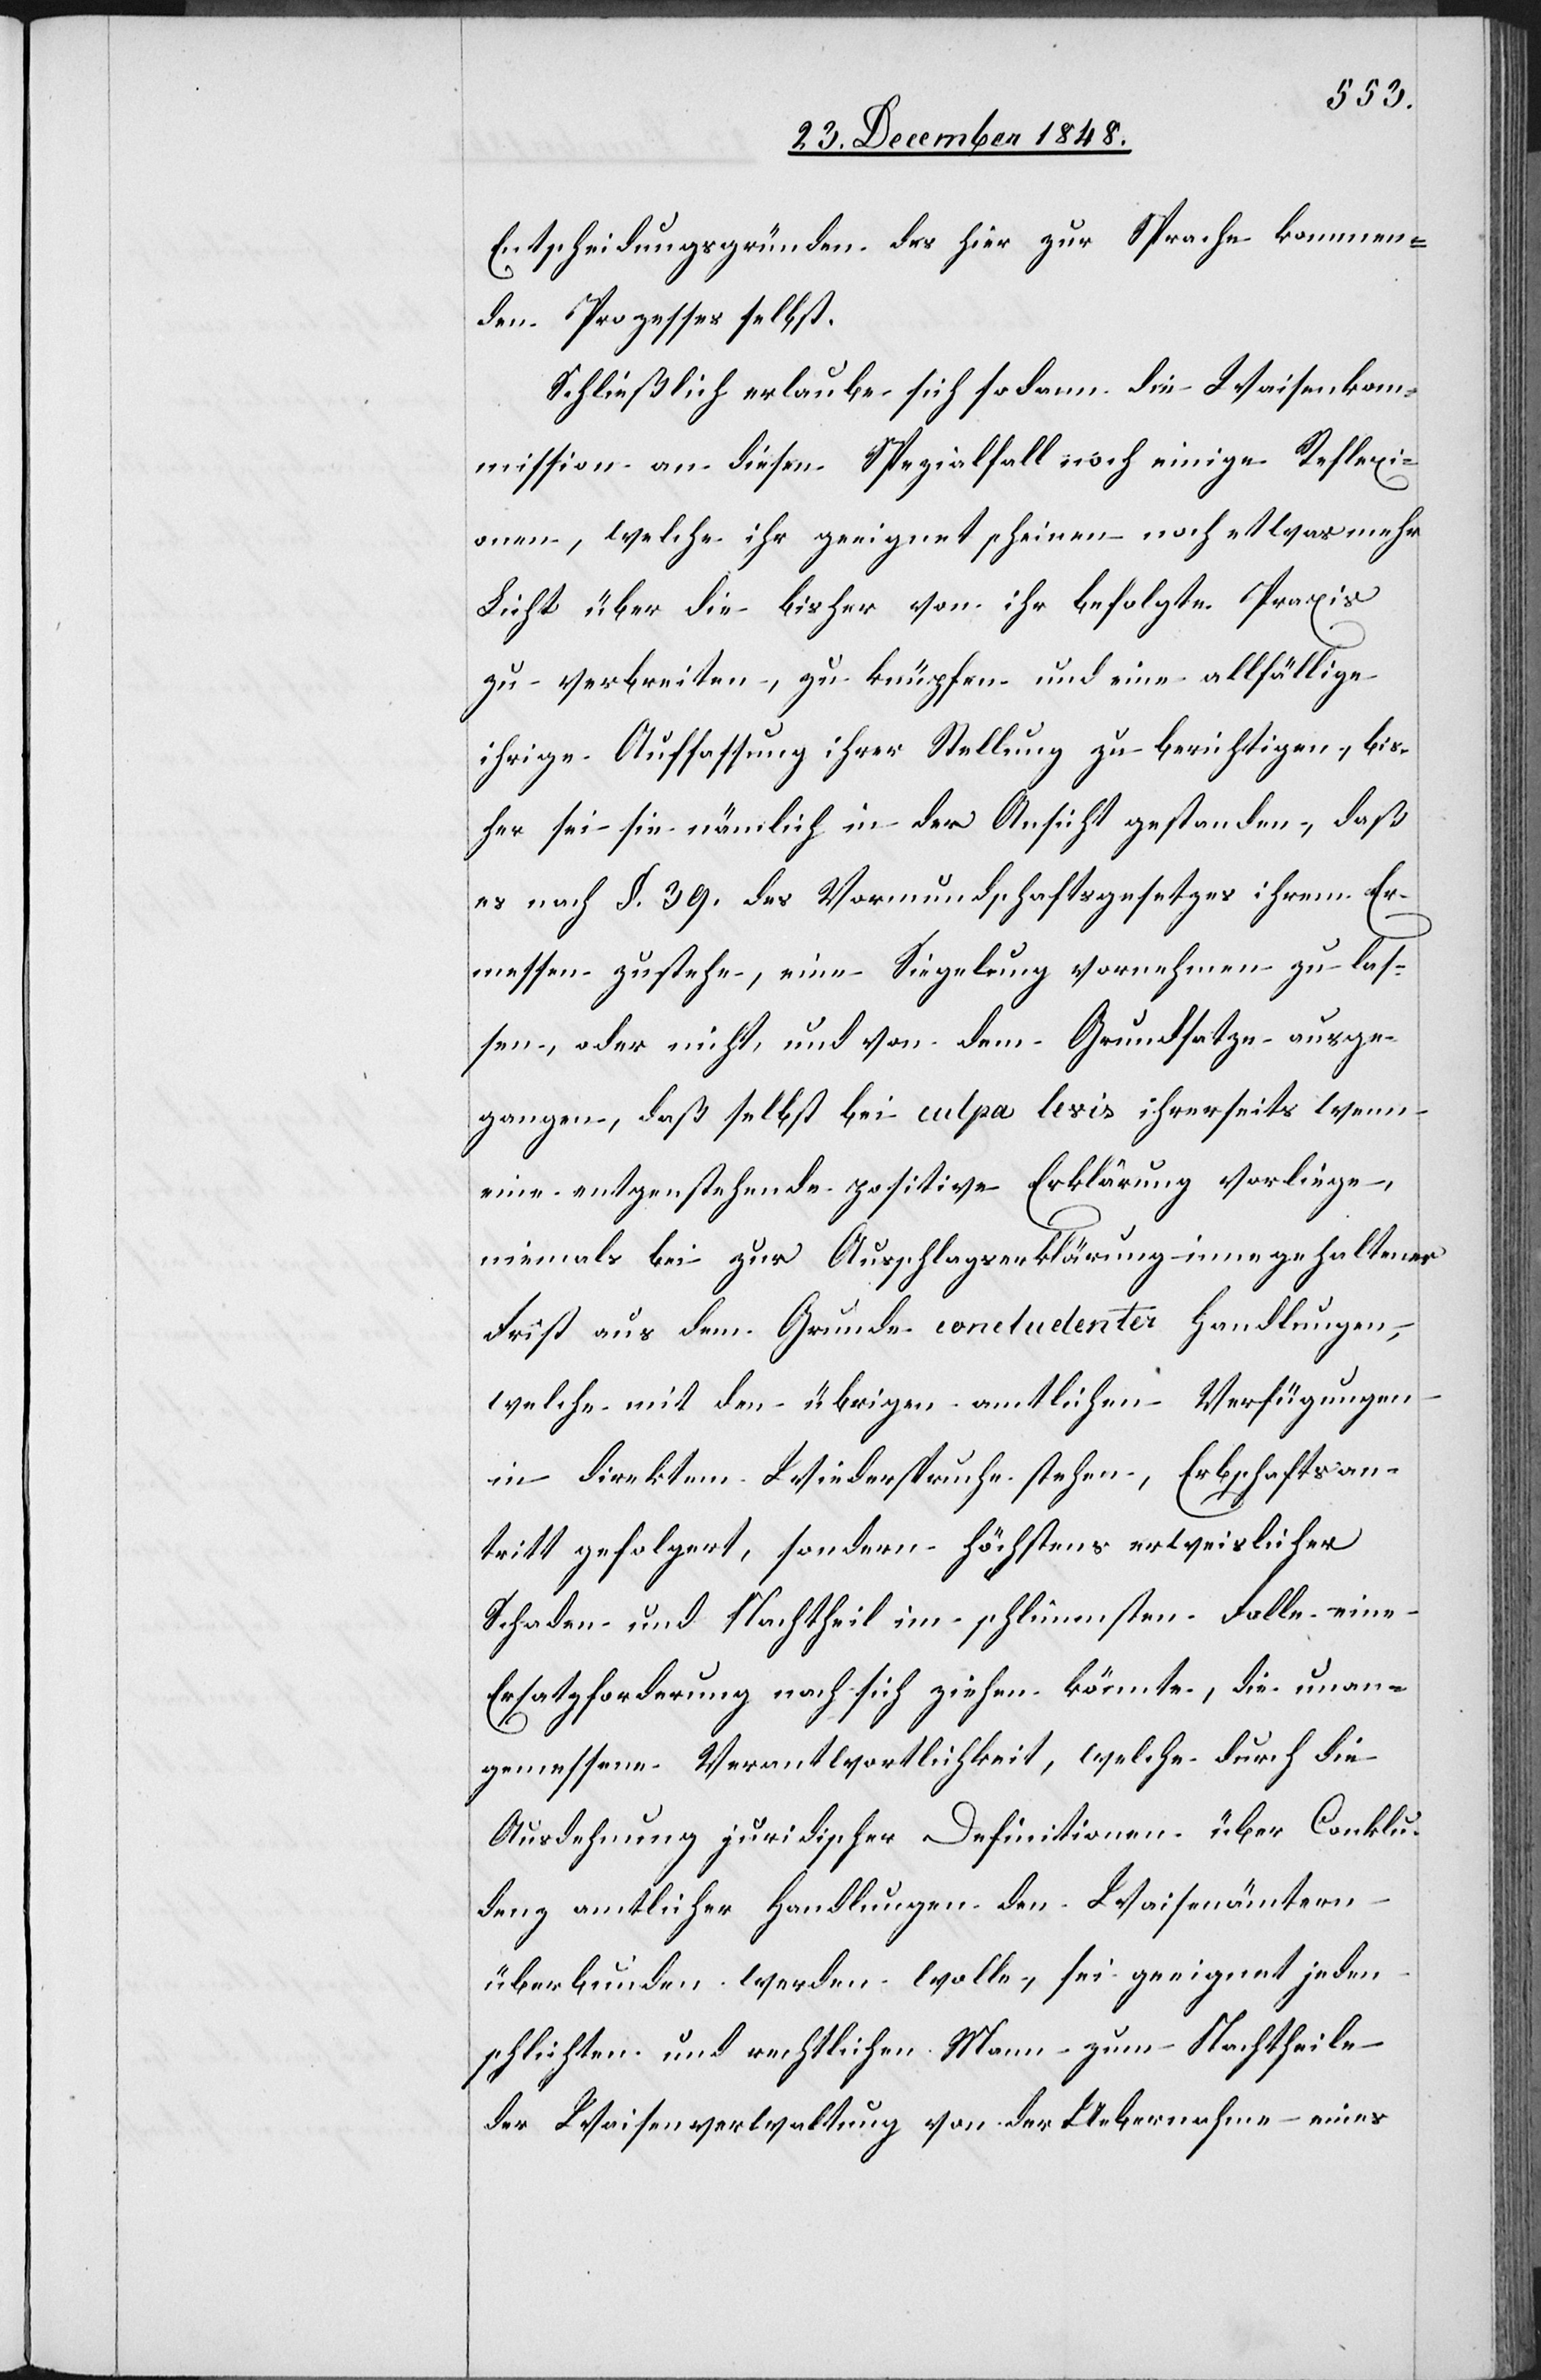
Entscheidungsgründen des hier zur Sprache kommen¬
den Prozesses selbst.
Schließlich erlaube sich sodann die Waisenkom¬
mission an diesen Spezialfall noch einige Reflexi¬
onen, welche ihr geeignet scheinen noch etwas mehr
Licht über die bisher von ihr befolgte Praxis
zu verbreiten, zu knüpfen und eine allfällige
ihrige Auffassung ihrer Stellung zu berichtigen, bis¬
her sei sie nämlich in der Ansicht gestanden, daß
es nach §. 39. des Vormundschaftsgesetzes ihrem Er¬
messen zustehe, eine Siegelung vornehmen zu las¬
sen, oder nicht, und von dem Grundsatze ausge¬
gangen, daß selbst bei culpa levis ihrerseits wenn
eine entgenstehende [sic!] positive Erklärung vorliege,
niemals bei zur Ausschlagserklärung innegehaltener
Frist aus dem Grunde concludenter Handlungen,
welche mit den übrigen amtlichen Verfügungen
in direktem Wiederspruche stehen, Erbschaftsan¬
tritt gefolgert, sondern höchstens erweislicher
Schaden und Nachtheil im schlimmsten Falle eine
Ersatzforderung nach sich ziehen könnte, die unan¬
gemessene Verantwortlichkeit, welche durch die
Ausdehnung juridischer Definitionen über Conklu¬
denz amtlicher Handlungen den Waisenämtern
überbunden werden wolle, sei geeignet jeden
schlichten und rechtlichen Mann zum Nachtheile
der Waisenverwaltung von der Uebernahme eines